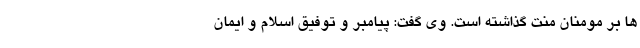
ها بر مومنان منت گذاشته است. وی گفت: پیامبر و توفیق اسلام و ایمان